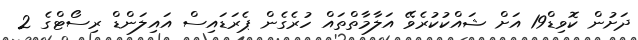
ދަށުން ކޮވިޑް19 އަށް ޝައްކުކުރެވޭ އަލާމާތްތައް ހުރެގެން ޕެރަޑައިސް އައިލަންޑް ރިސޯޓްގެ 2